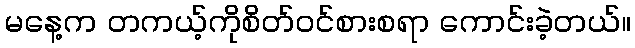
မနေ့က တကယ့်ကိုစိတ်ဝင်စားစရာ ကောင်းခဲ့တယ်။